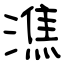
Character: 潐